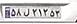
۵۸ل۲۱۲۵۳